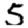
Digit: 5